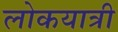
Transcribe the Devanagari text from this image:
लोकयात्री